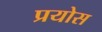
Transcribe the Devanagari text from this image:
प्रयोस